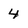
Character: 4